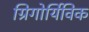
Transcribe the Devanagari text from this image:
ग्रिगोर्यिविक